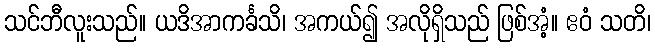
သင်ဘီလူးသည်။ ယဒိအာကင်္ခသိ၊ အကယ်၍ အလိုရှိသည် ဖြစ်အံ့။ ဧဝံ သတိ၊